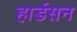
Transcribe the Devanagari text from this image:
हार्डसन